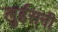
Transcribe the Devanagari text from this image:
लुईसनी